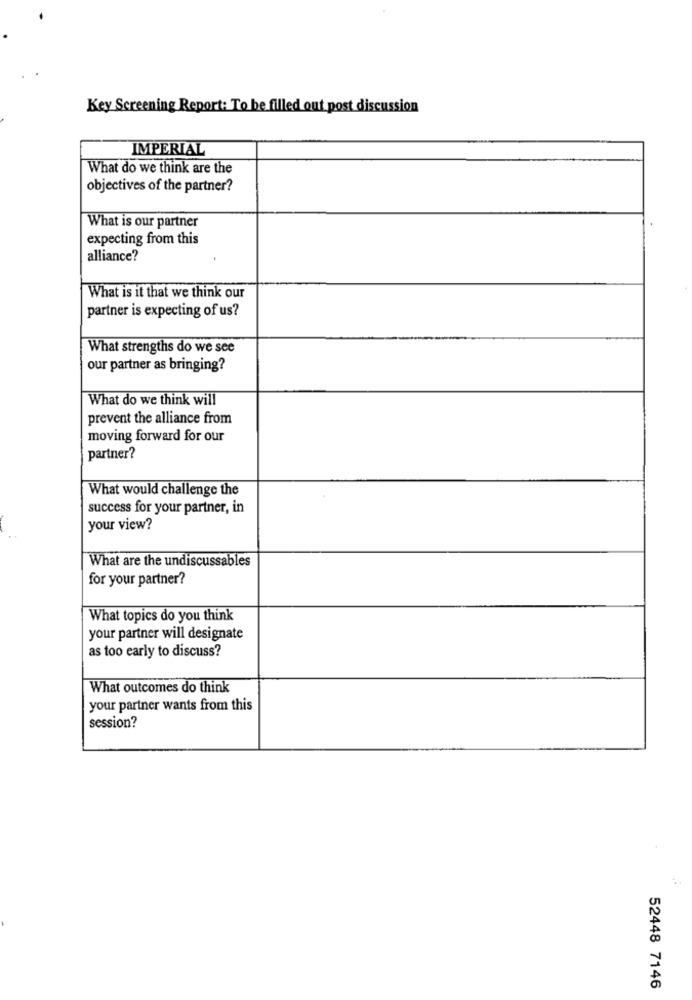
Key Screening Report: To be filled out post discussion
IMPERIAL
What do we think are the
objectives of the partner?
What is our partner
expecting from this
alliance?
What is it that we think our
partner is expecting of us?
What strengths do we see
our partner as bringing?
What do we think will
prevent the alliance from
moving forward for our
partner?
What would challenge the
success for your partner, in
your view?
What are the undiscussables
for your partner?
What topics do you think
your partner will designate
as too early to discuss?
What outcomes do think
your partner wants from this
session?
52448 7146